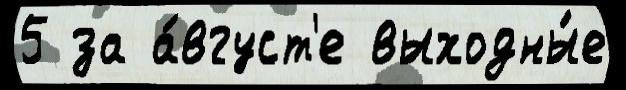
5 за а́вгуст'е выходны́е